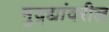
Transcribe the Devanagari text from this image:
मुद्द्यांवरील